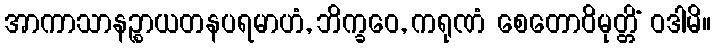
အာကာသာနဉ္စာယတနပရမာဟံ, ဘိက္ခဝေ, ကရုဏံ စေတောဝိမုတ္တိံ ဝဒါမိ။